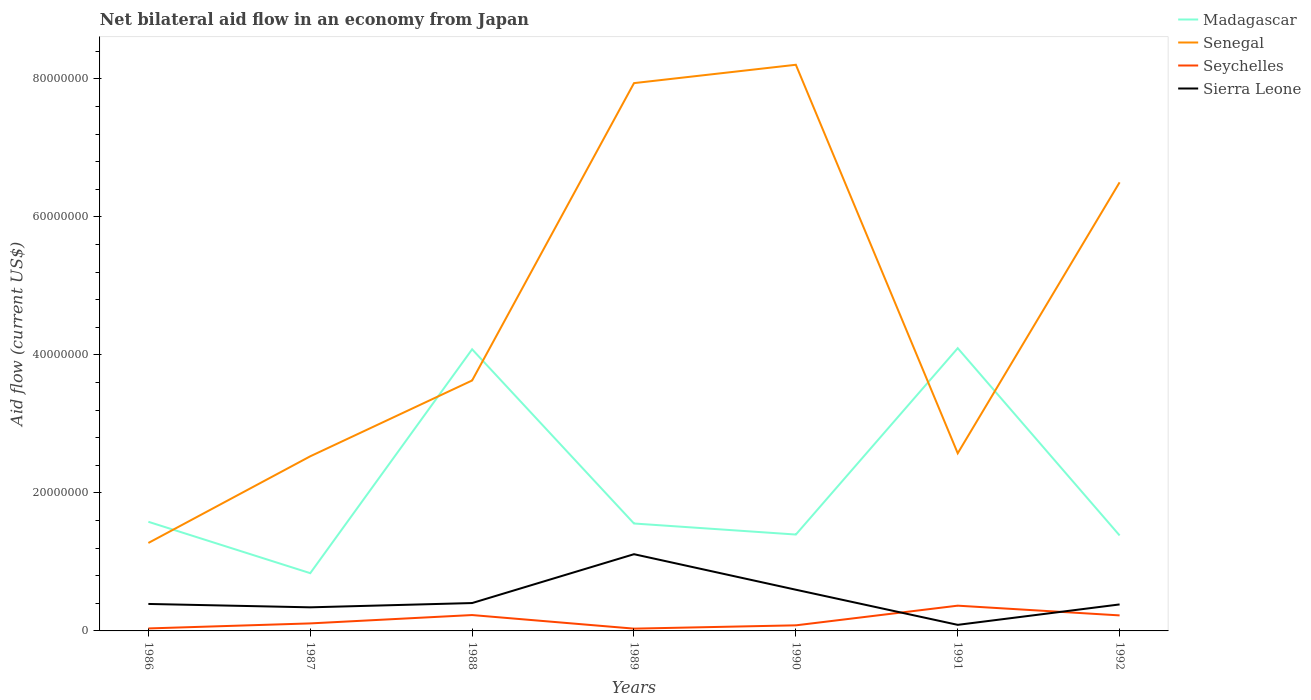
| Years | Madagascar | Senegal | Seychelles | Sierra Leone |
 | --- | --- | --- | --- | --- |
 | 1986 | 1.58e+07 | 1.28e+07 | 3.6e+05 | 3.91e+06 |
 | 1987 | 8.37e+06 | 2.53e+07 | 1.09e+06 | 3.42e+06 |
 | 1988 | 4.08e+07 | 3.63e+07 | 2.3e+06 | 4.04e+06 |
 | 1989 | 1.56e+07 | 7.94e+07 | 3.3e+05 | 1.11e+07 |
 | 1990 | 1.4e+07 | 8.21e+07 | 8.1e+05 | 5.97e+06 |
 | 1991 | 4.1e+07 | 2.58e+07 | 3.66e+06 | 8.8e+05 |
 | 1992 | 1.38e+07 | 6.5e+07 | 2.25e+06 | 3.84e+06 |